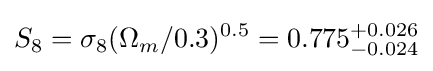
S_{8}=\sigma _{8}(\Omega _{m}/0.3)^{0.5}=0.775_{-0.024}^{+0.026}